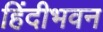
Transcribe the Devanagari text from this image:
हिंदीभवन